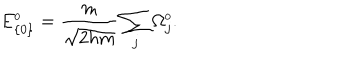
E _ { \{ 0 \} } ^ { \scriptscriptstyle 0 } = \frac { m } { \sqrt { 2 h m } } \sum _ { j } \Omega _ { j } ^ { \scriptscriptstyle 0 } .